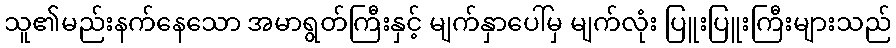
သူ၏မည်းနက်နေသော အမာရွတ်ကြီးနှင့် မျက်နှာပေါ်မှ မျက်လုံး ပြူးပြူးကြီးများသည်